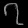
Digit: ၇